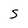
Character: S